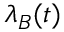
\lambda _ { B } ( t )